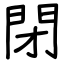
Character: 閉